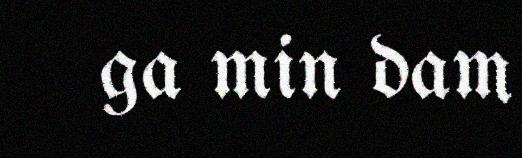
ga min dam